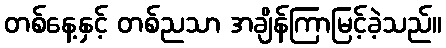
တစ်နေ့နှင့် တစ်ညသာ အချိန်ကြာမြင့်ခဲ့သည်။